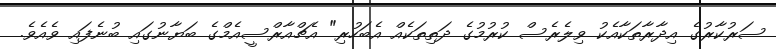
ސަރުކާރުގެ އިދާރާތަކާއެކު ވިލެރެސް ކުރުމުގެ ދަތިތަކެއް އެބަހުރި" އެޗްއާރްސީއެމްގެ ބަޔާނުގައި ބުނެފައި ވެއެވެ.